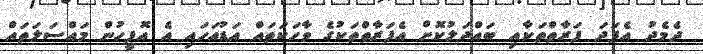
ދެމެދު އެފަދަ ފަރާތްތަކާއި ބައްދަލުކޮށް އެފަރާތްތަކުގެ ވާހަކަތައް އަޑުއަހައި އެ އޮފީހުން މައްސަލަތައް